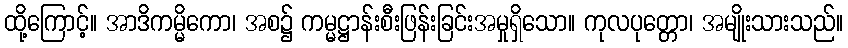
ထို့ကြောင့်။ အာဒိကမ္မိကော၊ အစ၌ ကမ္မဋ္ဌာန်းစီးဖြန်းခြင်းအမှုရှိသော။ ကုလပုတ္တော၊ အမျိုးသားသည်။